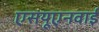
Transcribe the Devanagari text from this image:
एसयूएनवाई